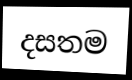
දසතම